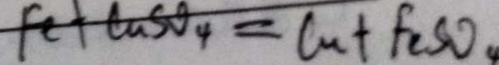
F e + C u S O _ { 4 } = C u + F _ { 2 } S O _ { 4 }